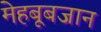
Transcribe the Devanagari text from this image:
मेहबूबजान